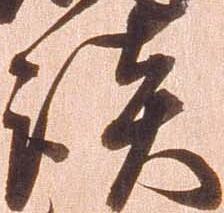
談